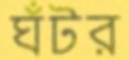
ঘঁটর